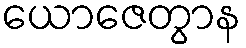
ယောဇေတွာန